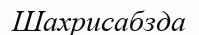
Шахрисабзда